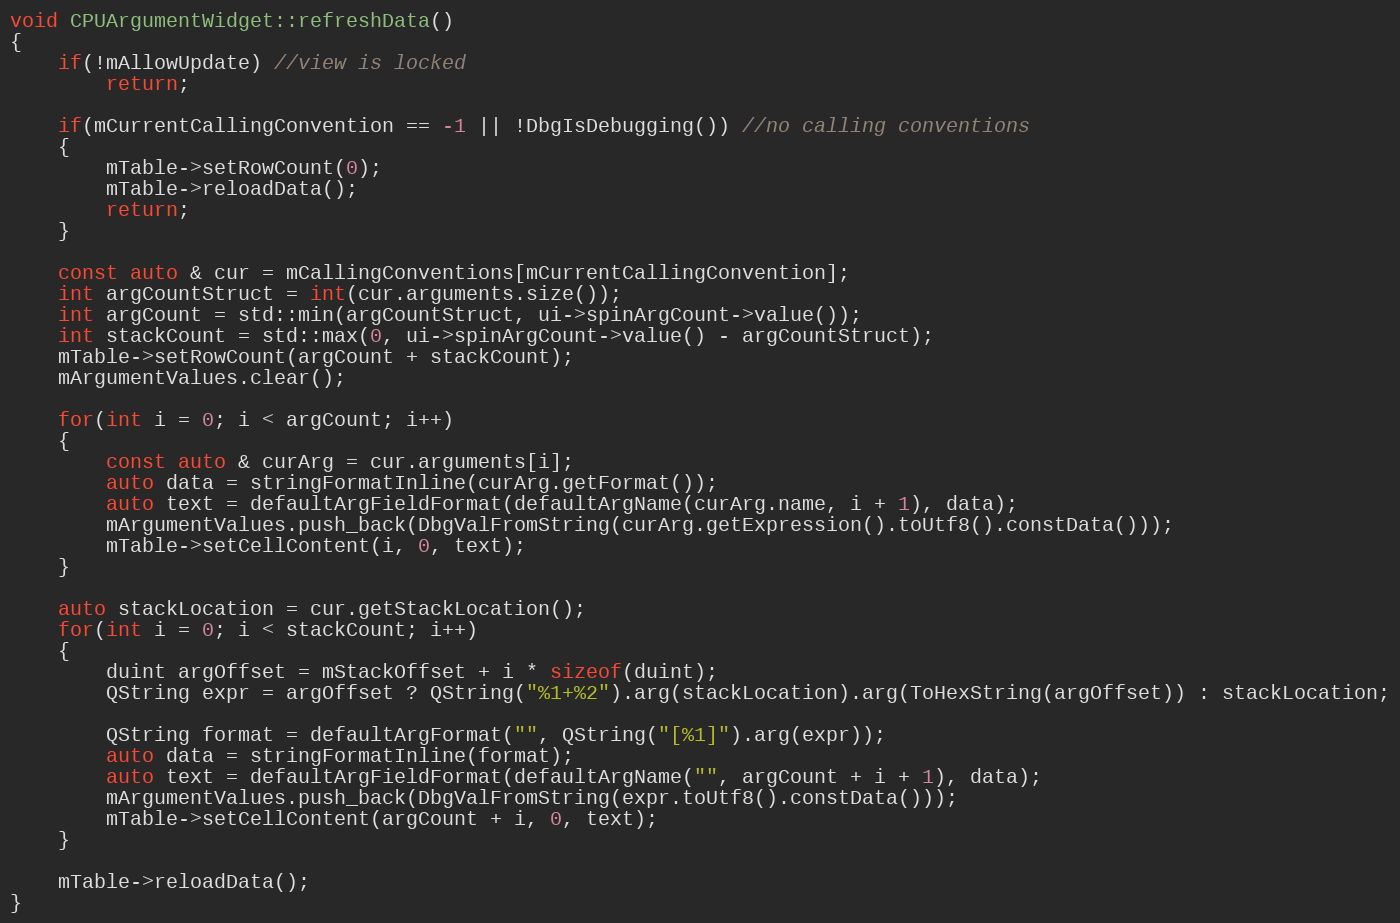
Language: C++
void CPUArgumentWidget::refreshData()
{
    if(!mAllowUpdate) //view is locked
        return;

    if(mCurrentCallingConvention == -1 || !DbgIsDebugging()) //no calling conventions
    {
        mTable->setRowCount(0);
        mTable->reloadData();
        return;
    }

    const auto & cur = mCallingConventions[mCurrentCallingConvention];
    int argCountStruct = int(cur.arguments.size());
    int argCount = std::min(argCountStruct, ui->spinArgCount->value());
    int stackCount = std::max(0, ui->spinArgCount->value() - argCountStruct);
    mTable->setRowCount(argCount + stackCount);
    mArgumentValues.clear();

    for(int i = 0; i < argCount; i++)
    {
        const auto & curArg = cur.arguments[i];
        auto data = stringFormatInline(curArg.getFormat());
        auto text = defaultArgFieldFormat(defaultArgName(curArg.name, i + 1), data);
        mArgumentValues.push_back(DbgValFromString(curArg.getExpression().toUtf8().constData()));
        mTable->setCellContent(i, 0, text);
    }

    auto stackLocation = cur.getStackLocation();
    for(int i = 0; i < stackCount; i++)
    {
        duint argOffset = mStackOffset + i * sizeof(duint);
        QString expr = argOffset ? QString("%1+%2").arg(stackLocation).arg(ToHexString(argOffset)) : stackLocation;

        QString format = defaultArgFormat("", QString("[%1]").arg(expr));
        auto data = stringFormatInline(format);
        auto text = defaultArgFieldFormat(defaultArgName("", argCount + i + 1), data);
        mArgumentValues.push_back(DbgValFromString(expr.toUtf8().constData()));
        mTable->setCellContent(argCount + i, 0, text);
    }

    mTable->reloadData();
}